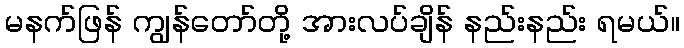
မနက်ဖြန် ကျွန်တော်တို့ အားလပ်ချိန် နည်းနည်း ရမယ်။